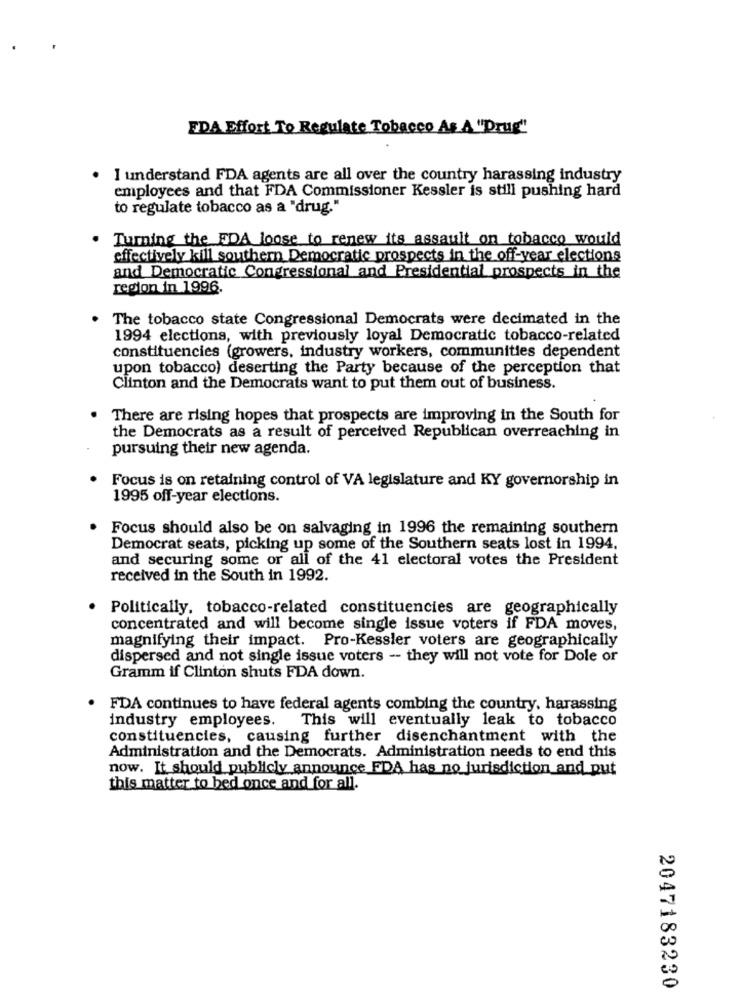
EDA Effort To Regulate Tobacco As A "Drug"
I understand FDA agents are all over the country harassing industry
employees and that FDA Commissioner Kessler is still pushing hard
to regulate tobacco as a "drug."
Turning the FDA loose to renew its assault on tobacco would
effectively kill southern Democratic prospects in the off-year elections
and Democratic Congressional and Presidential prospects in the
region in 1996.
The tobacco state Congressional Democrats were decimated in the
1994 elections, with previously loyal Democratic tobacco-related
constituencies (growers, industry workers, communities dependent
upon tobacco) deserting the Party because of the perception that
Clinton and the Democrats want to put them out of business.
There are rising hopes that prospects are improving in the South for
the Democrats as a result of perceived Republican overreaching in
pursuing their new agenda.
Focus is on retaining control of VA legislature and KY governorship in
1995 off-year elections.
Focus should also be on salvaging in 1996 the remaining southern
Democrat seats, picking up some of the Southern seats lost in 1994.
and securing some or all of the 41 electoral votes the President
received in the South in 1992.
Politically, tobacco-related constituencies are geographically
concentrated and will become single issue voters if FDA moves,
magnifying their impact. Pro-Kessler voters are geographically
dispersed and not single issue voters -- they will not vote for Dole or
Gramm if Clinton shuts FDA down.
FDA continues to have federal agents combing the country, harassing
industry employees. This will eventually leak to tobacco
constituencies, causing further disenchantment with the
Administration and the Democrats. Administration needs to end this
now. It should publicly announce FDA has no jurisdiction and put
this matter to bed once and for all.
2047183230